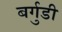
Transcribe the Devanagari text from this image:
बर्गुडी